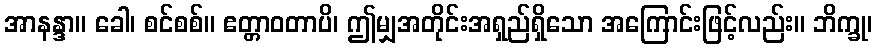
အာနန္ဒာ။ ခေါ၊ စင်စစ်။ ဧတ္တာဝတာပိ၊ ဤမျှအတိုင်းအရှည်ရှိသော အကြောင်းဖြင့်လည်း။ ဘိက္ခု၊